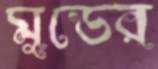
মুডের